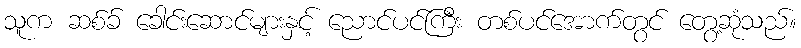
သူက ဆစ်ခ် ခေါင်းဆောင်များနှင့် ညောင်ပင်ကြီး တစ်ပင်အောက်တွင် တွေ့ဆုံသည်။